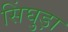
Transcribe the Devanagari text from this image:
सिंघुड़ा